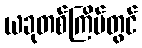
ယခုတစ်ကြိမ်တွင်